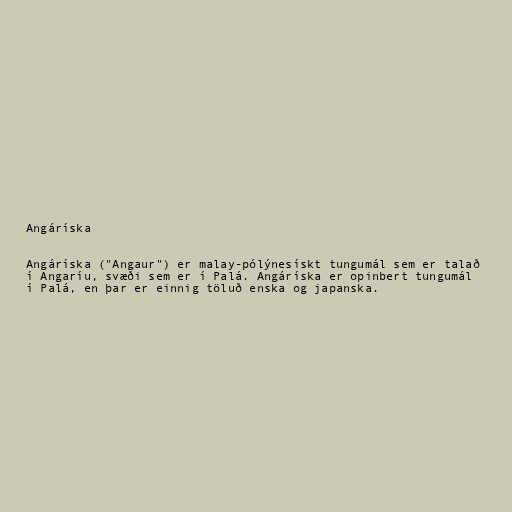
Angáríska

Angáríska ("Angaur") er malay-pólýnesískt tungumál sem er talað
í Angaríu, svæði sem er í Palá. Angáríska er opinbert tungumál
í Palá, en þar er einnig töluð enska og japanska.